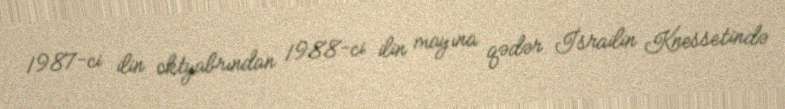
1987-ci ilin oktyabrından 1988-ci ilin mayına qədər İsrailin Knessetində